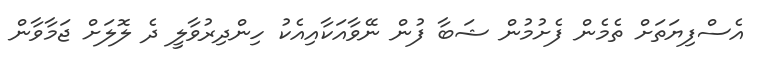
އެސްފިޔަތަށް ތެމެން ފެށުމުން ޝަބާ ފުން ނޭވާއަކާއިއެކު ހިންދިރުވާލީ ދެ ލޮލަށް ޖަމާވާން